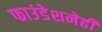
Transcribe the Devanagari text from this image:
फाउंडेशनेही